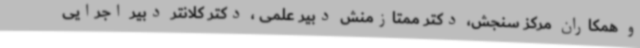
و همکاران مرکز سنجش، دکتر ممتازمنش دبیر علمی ، دکتر کلانتر دبیر اجرایی